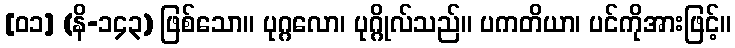
[၀၁] (နိ-၁၄၃) ဖြစ်သော။ ပုဂ္ဂလော၊ ပုဂ္ဂိုလ်သည်။ ပကတိယာ၊ ပင်ကိုအားဖြင့်။